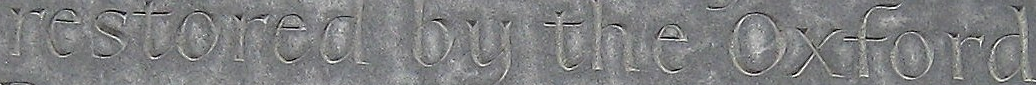
restored by the Oxford